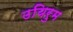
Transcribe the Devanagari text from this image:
उयिरुम